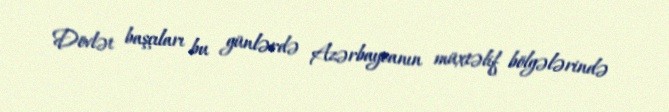
Dövlət başçıları bu günlərdə Azərbaycanın müxtəlif bölgələrində